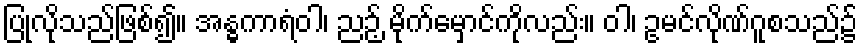
ပြုလိုသည်ဖြစ်၍။ အန္ဓကာရံဝါ၊ ညဉ့် မိုက်မှောင်ကိုလည်း။ ဝါ၊ ဥမင်လိုဏ်ဂူစသည်၌